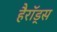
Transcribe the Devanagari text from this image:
हैरॉड्स